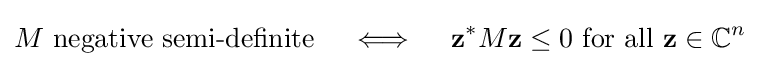
M{\text{ negative semi-definite}}\quad \iff \quad \mathbf {z} ^{*}M\mathbf {z} \leq 0{\text{ for all }}\mathbf {z} \in \mathbb {C} ^{n}